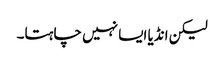
لیکن انڈیا ایسا نہیں چاہتا۔